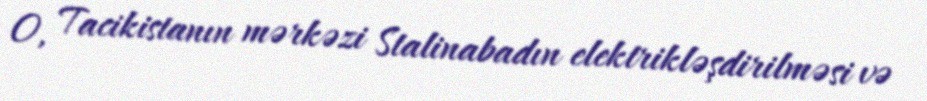
O, Tacikistanın mərkəzi Stalinabadın elektrikləşdirilməsi və